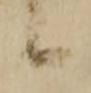
候